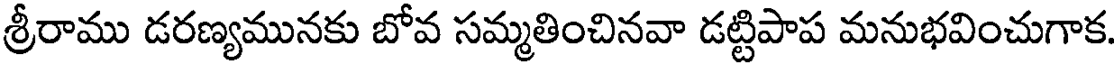
శ్రీరాము డరణ్యమునకు బోవ సమ్మతించినవా డట్టిపాప మనుభవించుగాక